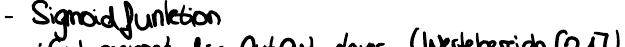
- Sigmoidfunktion